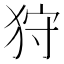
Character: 狩